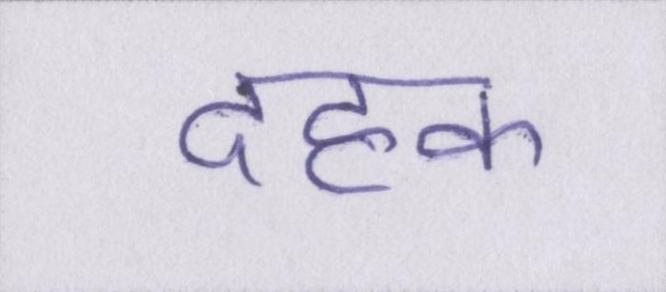
दहक